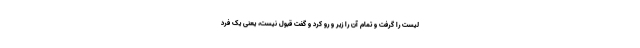
لیست را گرفت و تمام آن را زیر و رو کرد و گفت قبول نیست، یعنی یک فرد